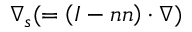
\nabla _ { s } ( = \left( { \boldsymbol { I } } - { \boldsymbol { n } } { \boldsymbol { n } } \right) \cdot \nabla )